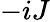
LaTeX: -iJ